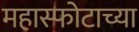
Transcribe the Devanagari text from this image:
महास्फोटाच्या